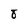
Character: 8